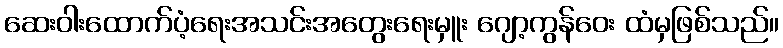
ဆေးဝါးထောက်ပံ့ရေးအသင်းအတွေးရေးမှူး ဂျော့ကွန်ဝေး ထံမှဖြစ်သည်။